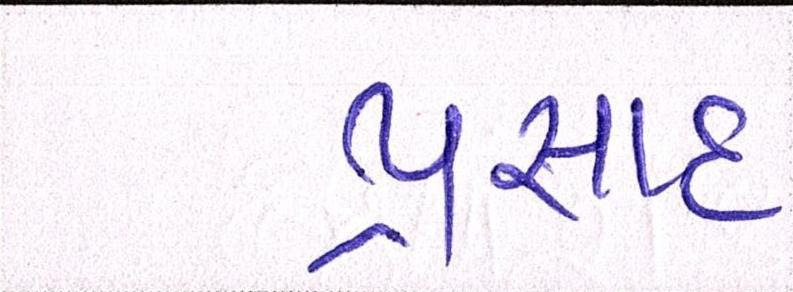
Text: પ્રસાદ